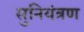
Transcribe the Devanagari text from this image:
सुनियंत्रण